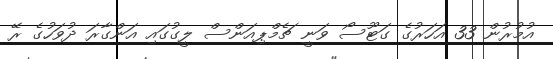
އުމުރުން 33 އަހަރުގެ ގަޓޫސޯ ވަނީ ޗެމްޕިއަންސް ލީގުގައި އަންގާރަ ދުވަހުގެ ރޭ